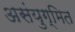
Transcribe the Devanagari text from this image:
असंयुग्मित